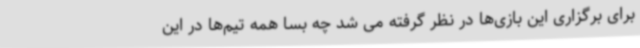
برای برگزاری این بازی‌ها در نظر گرفته می شد چه بسا همه تیم‌ها در این